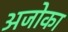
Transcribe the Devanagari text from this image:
अजोका